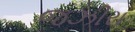
જઝીરા